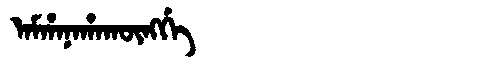
Manchu: ᠠᠮᡥᠠᠨᠠᡥᠠᡴᡡᠩᡤᡝ
Romanization: AMHANAHAKŪNGGE